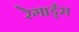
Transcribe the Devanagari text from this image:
रेगार्ड्स